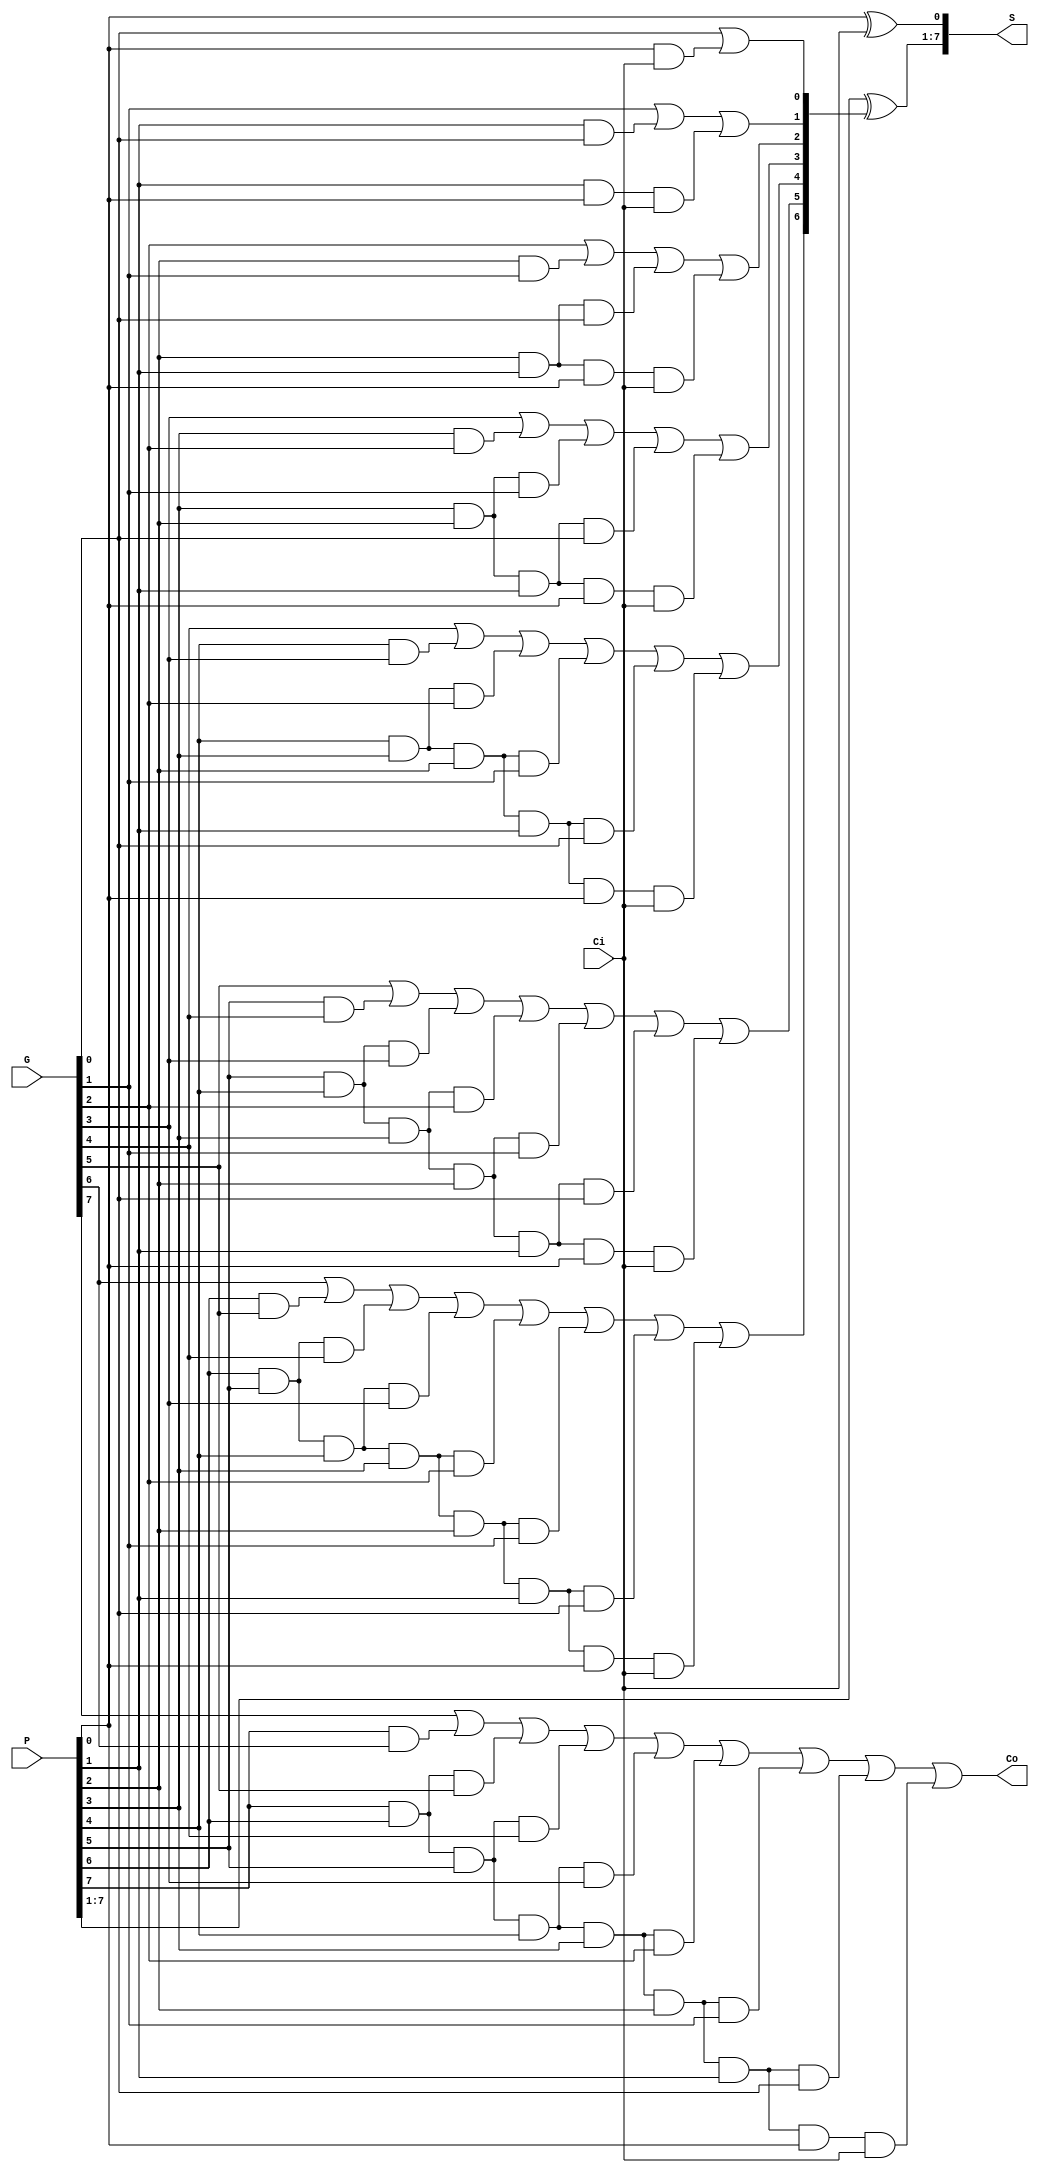
`timescale 1ns / 1ps
//////////////////////////////////////////////////////////////////////////////////
// Company: 
// Engineer: 
// 
// Design Name: 
// Module Name: CLA
// Project Name: 
// Target Devices: 
// Tool Versions: 
// Description: 
// 
// Dependencies: 
// 
// Revision:
// Revision 0.01 - File Created
// Additional Comments:
// 
//////////////////////////////////////////////////////////////////////////////////


module CLA8Bit(P,G,Ci,S,Co);
	input [7:0] P, G;
	//input [3:0] A,B;
	input Ci;
	reg [7:0] C;
	output reg Co;
	output reg [7:0] S;
	//output reg [31:0] C;
	always @(Ci,G,P) begin
		S[0] <= P[0]^Ci;
		//Normally we would do Gi+PiCi-1 but now it'll be Gi+PiCi because we set Ci = Ci+1
		C[0] <= G[0] | (P[0]&Ci);
		C[1] <= G[1] | (P[1]&G[0]) | (P[1]&P[0]&Ci);
		C[2] <= G[2] | (P[2]&G[1]) | (P[2]&P[1]&G[0]) | (P[2]&P[1]&P[0]&Ci);
		C[3] <= G[3] | (P[3]&G[2]) | (P[3]&P[2]&G[1]) | (P[3]&P[2]&P[1]&G[0]) | (P[3]&P[2]&P[1]&P[0]&Ci);  
		C[4] <= G[4] | (P[4]&G[3]) | (P[4]&P[3]&G[2]) | (P[4]&P[3]&P[2]&G[1]) | (P[4]&P[3]&P[2]&P[1]&G[0]) | (P[4]&P[3]&P[2]&P[1]&P[0]&Ci); 
		C[5] <= G[5] | (P[5]&G[4]) | (P[5]&P[4]&G[3]) | (P[5]&P[4]&P[3]&G[2]) | (P[5]&P[4]&P[3]&P[2]&G[1]) | (P[5]&P[4]&P[3]&P[2]&P[1]&G[0]) | (P[5]&P[4]&P[3]&P[2]&P[1]&P[0]&Ci); 
		C[6] <= G[6] | (P[6]&G[5]) | (P[6]&P[5]&G[4]) | (P[6]&P[5]&P[4]&G[3]) | (P[6]&P[5]&P[4]&P[3]&G[2]) | (P[6]&P[5]&P[4]&P[3]&P[2]&G[1]) | (P[6]&P[5]&P[4]&P[3]&P[2]&P[1]&G[0]) | (P[6]&P[5]&P[4]&P[3]&P[2]&P[1]&P[0]&Ci); 
		C[7] <= G[7] | (P[7]&G[6]) | (P[7]&P[6]&G[5]) | (P[7]&P[6]&P[5]&G[4]) | (P[7]&P[6]&P[5]&P[4]&G[3]) | (P[7]&P[6]&P[5]&P[4]&P[3]&G[2]) | (P[7]&P[6]&P[5]&P[4]&P[3]&P[2]&G[1]) | (P[7]&P[6]&P[5]&P[4]&P[3]&P[2]&P[1]&G[0]) | (P[7]&P[6]&P[5]&P[4]&P[3]&P[2]&P[1]&P[0]&Ci);
		//These will Carry properly so need to get the S value which is Si = PixnorCi
	end
	always @(C,P) begin
		S[7:1] <= P[7:1]^C[6:0];
		Co <= C[7];
	end
	//always @(*) begin
	//C <= (A&B) | (C& (A | B));
	//end
endmodule